Document type: Community of property
Year: 1312
Scribe: Pere Amorós
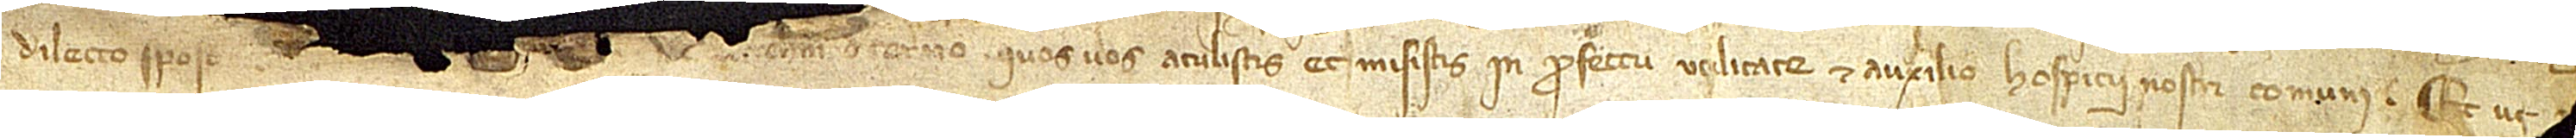
dilecto sponso [meo] [...] [solidos Barchinone] de terno quos vos atulistis et misistis in profectu, utilitate et auxilio hospicii nostri comuni. Et ut [...] [...]-